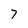
Character: 7